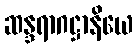
ဆန္ဒရာဂဋ္ဌာနိယေ